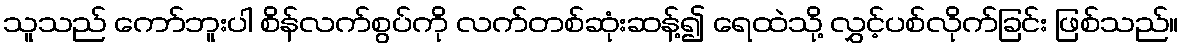
သူသည် ကော်ဘူးပါ စိန်လက်စွပ်ကို လက်တစ်ဆုံးဆန့်၍ ရေထဲသို့ လွှင့်ပစ်လိုက်ခြင်း ဖြစ်သည်။